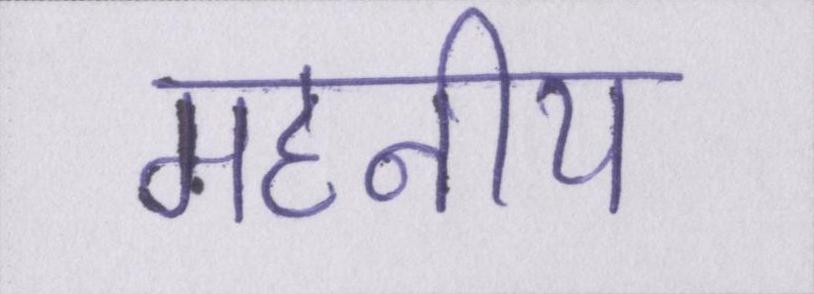
महनीय